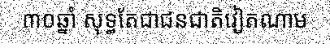
៣០ឆ្នាំ សុទ្ធតែជាជនជាតិវៀតណាម